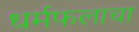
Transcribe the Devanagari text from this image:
धर्मफलाचा